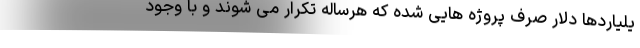
یلیاردها دلار صرف پروژه هایی شده که هرساله تکرار می شوند و با وجود